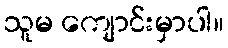
သူမ ကျောင်းမှာပါ။